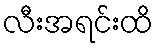
လီးအရင်းထိ